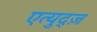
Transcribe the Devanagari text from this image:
एत्युद्ज़